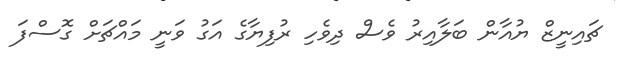
ޗައިނީޒް ޔުއާން ބަލާއިރު ވެސް ދިވެހި ރުފިޔާގެ އަގު ވަނީ މައްޗަށް ގޮސްފަ